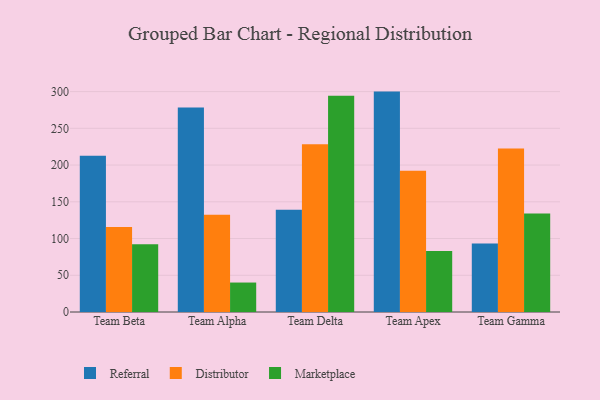
{"axis": {"x": "Team", "y": "Population (Million)"}, "legend": ["Distributor", "Marketplace", "Referral"], "data": [{"x": "Team Beta", "y": 212.6, "type": "Referral"}, {"x": "Team Beta", "y": 115.7, "type": "Distributor"}, {"x": "Team Beta", "y": 92.3, "type": "Marketplace"}, {"x": "Team Alpha", "y": 278.3, "type": "Referral"}, {"x": "Team Alpha", "y": 132.4, "type": "Distributor"}, {"x": "Team Alpha", "y": 40.1, "type": "Marketplace"}, {"x": "Team Delta", "y": 139.2, "type": "Referral"}, {"x": "Team Delta", "y": 228.4, "type": "Distributor"}, {"x": "Team Delta", "y": 294.4, "type": "Marketplace"}, {"x": "Team Apex", "y": 300.0, "type": "Referral"}, {"x": "Team Apex", "y": 192.1, "type": "Distributor"}, {"x": "Team Apex", "y": 83.0, "type": "Marketplace"}, {"x": "Team Gamma", "y": 93.1, "type": "Referral"}, {"x": "Team Gamma", "y": 222.7, "type": "Distributor"}, {"x": "Team Gamma", "y": 134.2, "type": "Marketplace"}]}